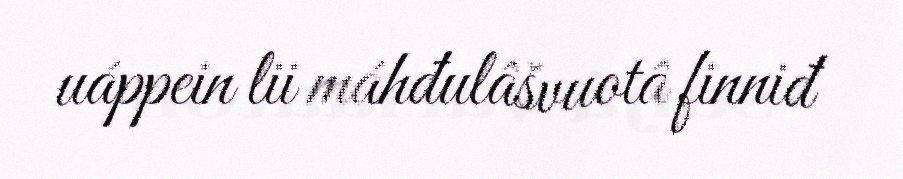
uáppein lii máhđulâšvuotâ finniđ